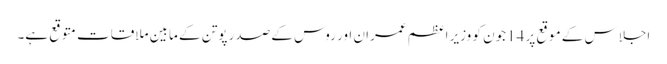
اجلاس کے موقع پر 14جون کو وزیر اعظم عمران اور روس کے صدر پوتن کے مابین ملاقات متوقع ہے۔